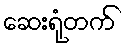
ဆေးရုံတက်